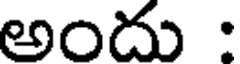
అందు :